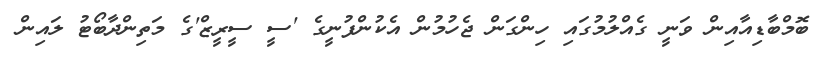
ބޮމްބާޑިއާއިން ވަނީ ގެއްލުމުގައި ހިންގަން ޖެހުމުން އެކުންފުނީގެ 'ސީ ސީރީޒް'ގެ މަތިންދާބޯޓު ލައިން